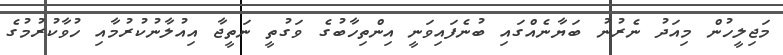
މަޖިލީހުން މިއަދު ނެރުނު ބަޔާނެއްގައި ބުނެފައިވަނީ އިންތިހާބުގެ ވަގުތީ ނަތީޖާ އިއުލާނުކުރުމާއި ހުވާކުރުމުގެ